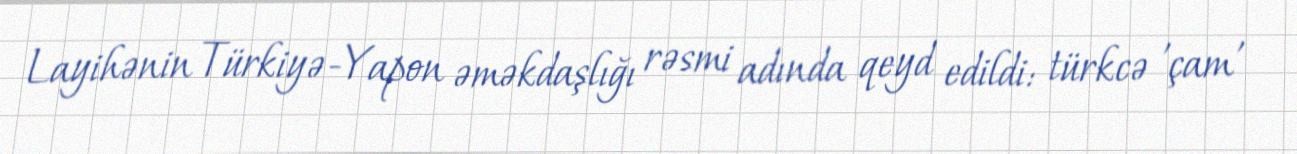
Layihənin Türkiyə-Yapon əməkdaşlığı rəsmi adında qeyd edildi: türkcə 'çam'